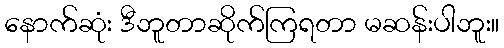
နောက်ဆုံး ဒီဘူတာဆိုက်ကြရတာ မဆန်းပါဘူး။